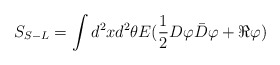
\begin{align*}S_{S-L}=\int d^2 xd^2\theta E(\frac{1}{2}D\varphi\bar D\varphi+\Re\varphi)\end{align*}